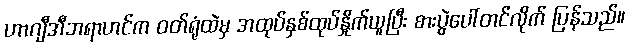
ဟာဂျီအီဘရာဟင်က ဝတ်ရုံထဲမှ အထုပ်နှစ်ထုပ်နှိုက်ယူပြီး စားပွဲပေါ်တင်လိုက် ပြန်သည်။